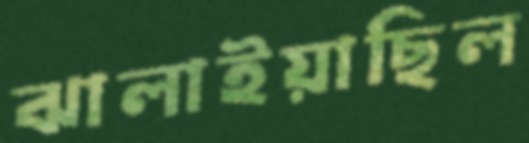
ঝালাইয়াছিল